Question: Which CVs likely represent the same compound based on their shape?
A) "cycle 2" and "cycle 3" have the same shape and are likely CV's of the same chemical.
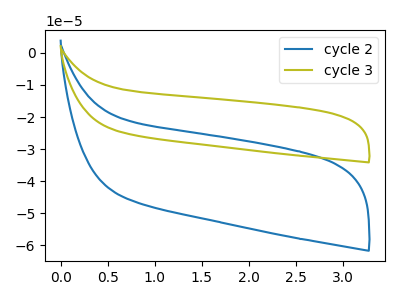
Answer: <think>The blue curve "cycle 2" has no peaks. The olive curve "cycle 3" has no peaks.
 Neither "cycle 2" or "cycle 3" have any peaks.</think>
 <answer>A) "cycle 2" and "cycle 3" have the same shape and are likely CV's of the same chemical.</answer>
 <eval>A</eval>